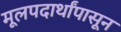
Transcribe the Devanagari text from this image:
मूलपदार्थांपासून